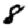
Digit: 8